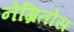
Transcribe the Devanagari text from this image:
नेग्रितोस